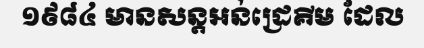
១៩៨៤ មានសន្តអន់ដ្រេគីម ដែល